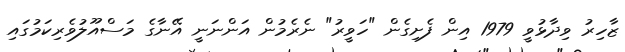
ޒާހިރު ވިދާޅުވީ 1979 އިން ފެށިގެން "ހަވީރު" ނެރެމުން އަންނަނީ އޭނާގެ މަސްއޫލުވެރިކަމުގައި